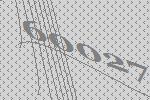
60027